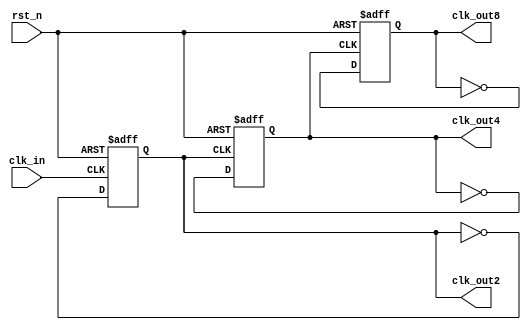
module even_div_dff (
	input clk_in,  // input clock
	input rst_n ,  // Asynchronous reset active low
	
	output wire clk_out2 ,
	output wire clk_out4 ,
	output wire clk_out8 
);
	reg clk_out2_r ;
	reg clk_out4_r ;
	reg clk_out8_r ;

	always @(posedge clk_in or negedge rst_n) begin
		if (rst_n == 1'b0) begin
			clk_out2_r <= 1'b0 ;
		end
		else begin
			clk_out2_r <= ~clk_out2_r ;
		end
	end

	always @(posedge clk_out2 or negedge rst_n) begin
		if (rst_n == 1'b0) begin
			clk_out4_r <= 1'b0 ;
		end
		else begin
			clk_out4_r <= ~clk_out4_r ;
		end
	end

	always @(posedge clk_out4 or negedge rst_n) begin
		if (rst_n == 1'b0) begin
			clk_out8_r <= 1'b0 ;
		end
		else begin
			clk_out8_r <= ~clk_out8_r ;
		end
	end

	assign clk_out2 = clk_out2_r ;
	assign clk_out4 = clk_out4_r ;
	assign clk_out8 = clk_out8_r ;

endmodule